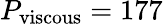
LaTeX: P_{\mathrm{{viscous}}}=177